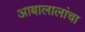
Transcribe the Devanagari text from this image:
आबालालांचा